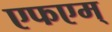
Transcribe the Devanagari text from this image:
एफएम्